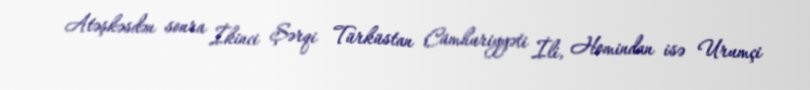
Atəşkəsdən sonra İkinci Şərqi Türküstan Cümhuriyyəti İli, Homindan isə Urumçi